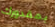
بمقدورك